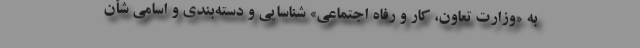
به «وزارت تعاون، کار و رفاه اجتماعی» شناسایی و دسته‌بندی و اسامی شأن